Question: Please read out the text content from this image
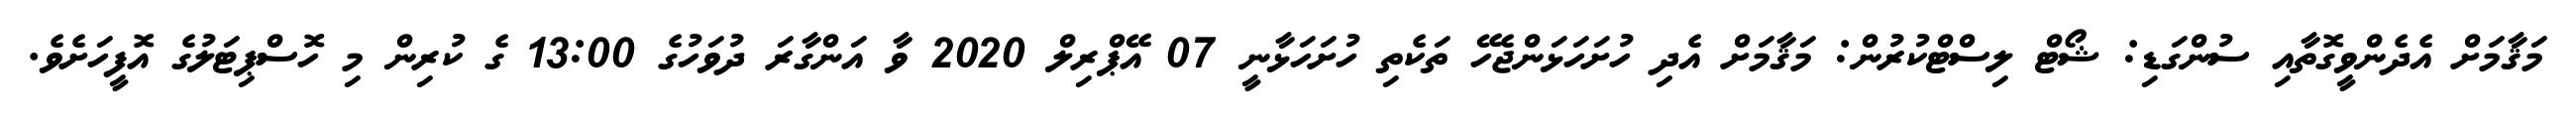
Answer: މަޤާމަށް އެދެންވީގޮތާއި ސުންގަޑި: ޝޯޓް ލިސްޓްކުރުން: މަޤާމަށް އެދި ހުށަހަޅަންޖެހޭ ތަކެތި ހުށަހަޅާނީ 07 އޭޕްރިލް 2020 ވާ އަންގާރަ ދުވަހުގެ 13:00 ގެ ކުރިން މި ހޮސްޕިޓަލުގެ އޮފީހަށެވެ.